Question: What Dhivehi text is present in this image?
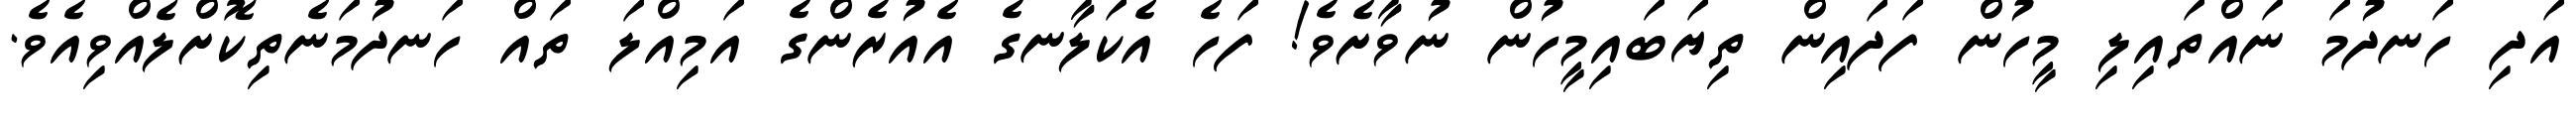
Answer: އަދި ހަނދުމަ ނައްތައިލި މީހުން ފަދައިން ތިޔަބައިމީހުން ނުވާށެވެ! ފަހެ އެކަލާނގެ އެއުރެންގެ އަމިއްލަ ތައް ހަނދުމަނެތިކޮށްލެއްވިއެވެ.